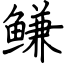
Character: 鳒